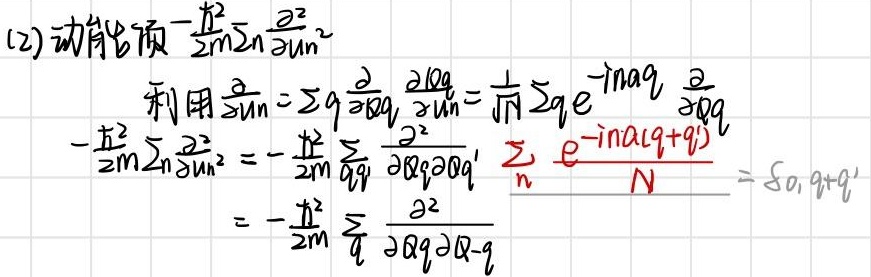
(2) 动能项\(-\frac{\hbar^{2}}{2m}\sum_{n}\frac{\partial^{2}}{\partial u_{n}^{2}}\)
  利用\(\frac{\partial }{\partial u_{n}}=\sum_{q}\frac{\partial }{\partial Q_{q}}\frac{\partial Q_{q}}{\partial u_{n}}=\frac{1}{\sqrt{N}}\sum_{q}e^{-in\alpha q}\frac{\partial }{\partial Q_{q}}\)
\(-\frac{\hbar^{2}}{2m}\sum_{n}\frac{\partial^{2}}{\partial u_{n}^{2}}=-\frac{\hbar^{2}}{2m}\sum_{q,q'}\frac{\partial^{2}}{\partial Q_{q}\partial Q_{q'}}\frac{\sum_{n}e^{-in(\alpha(q + q'))}}{N}=\delta_{0,q + q'}\)
\(=-\frac{\hbar^{2}}{2m}\sum_{q}\frac{\partial^{2}}{\partial Q_{q}\partial Q_{-q}}\)